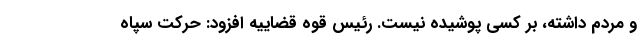
و مردم داشته، بر کسی پوشیده نیست. رئیس قوه قضاییه افزود: حرکت سپاه